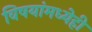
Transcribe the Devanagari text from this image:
विषयांमध्येही